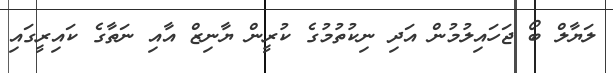
ލަޔާލް ބޯ ޖަހައިލުމުން އަދި ނިކުތުމުގެ ކުރީން ޔާނިޒް އާއި ނަތާގެ ކައިރީގައި